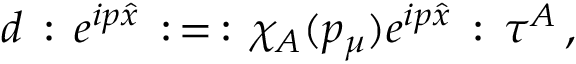
d \, : \, e ^ { i p \hat { x } } \, : \, = \, : \, \chi _ { A } ( p _ { \mu } ) e ^ { i p \hat { x } } \, : \, \tau ^ { A } \, ,